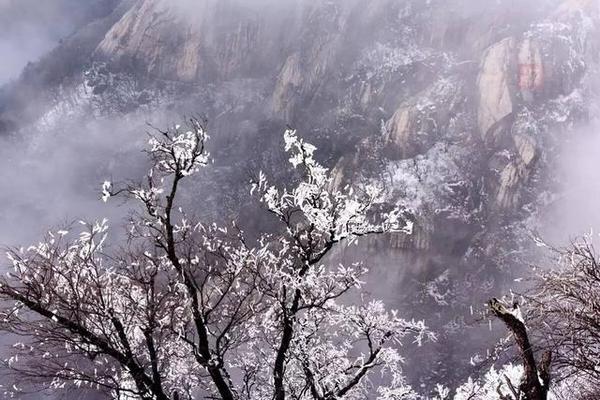
千尺阴崖尘不到，惟有层冰积雪。